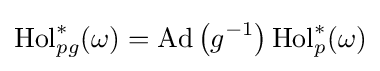
\operatorname {Hol} _{pg}^{*}(\omega )=\operatorname {Ad} \left(g^{-1}\right)\operatorname {Hol} _{p}^{*}(\omega )